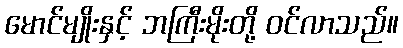
မောင်မျိုးနှင့် ဘကြီးမိုးတို့ ဝင်လာသည်။